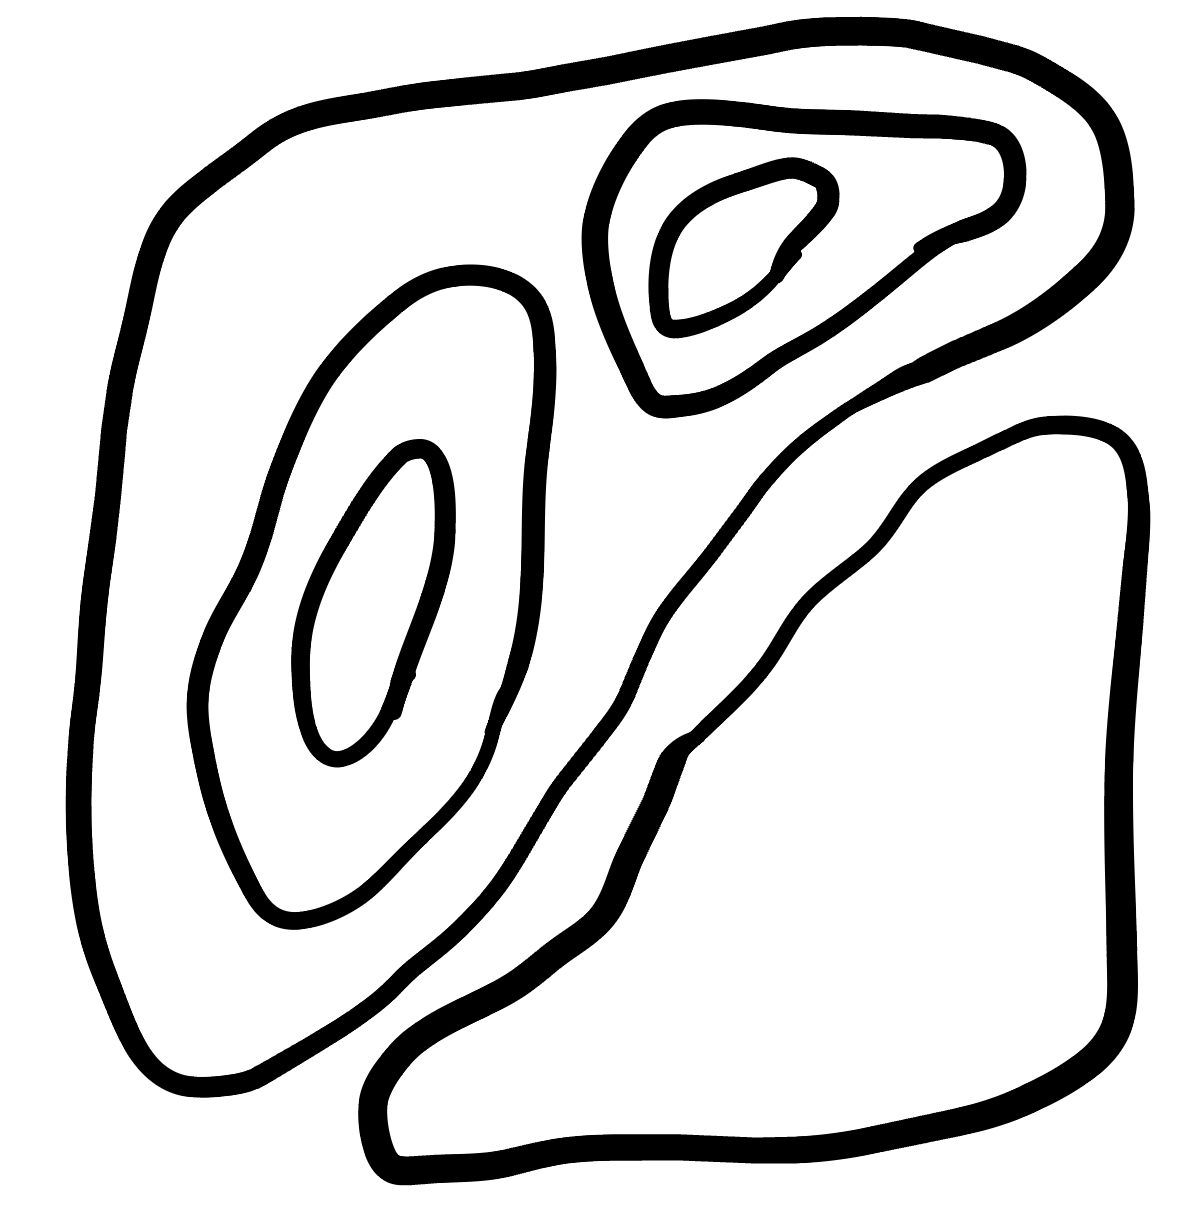
Number of regions (including the outer root region): 7
Containment tree edges (parent, child): 0, 1, 0, 2, 2, 3, 2, 5, 3, 4, 5, 6